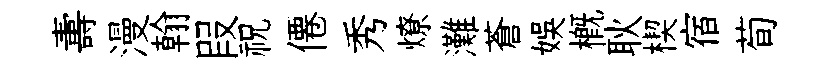
夀漫翰叚祝僊秀燎灘蒼娱概耿楔宿荀